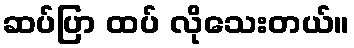
ဆပ်ပြာ ထပ် လိုသေးတယ်။